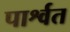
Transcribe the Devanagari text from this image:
पार्श्वत